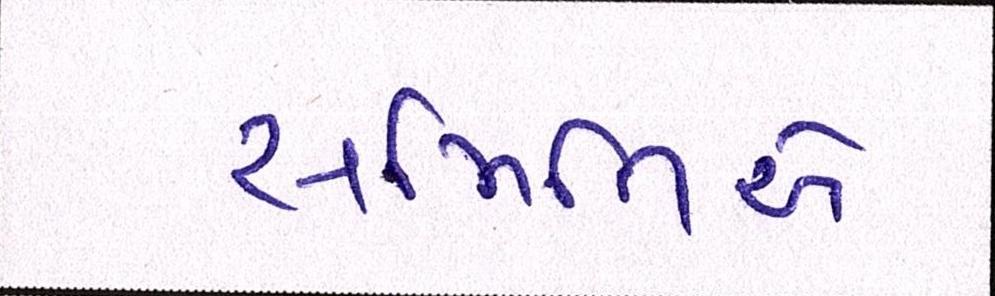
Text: સમિતિએ